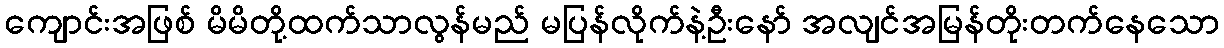
ကျောင်းအဖြစ် မိမိတို့ထက်သာလွန်မည် မပြန်လိုက်နဲ့ဦးနော် အလျင်အမြန်တိုးတက်နေသော